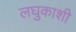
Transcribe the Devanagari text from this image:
लघुकाशी